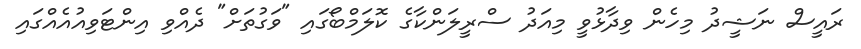
ރައީސް ނަޝީދު މިހެން ވިދާޅުވީ މިއަދު ސްރީލަންކާގެ ކޮލަމްބޯގައި "ވަގުތަށް" ދެއްވި އިންޓަވިއުއެއްގައި